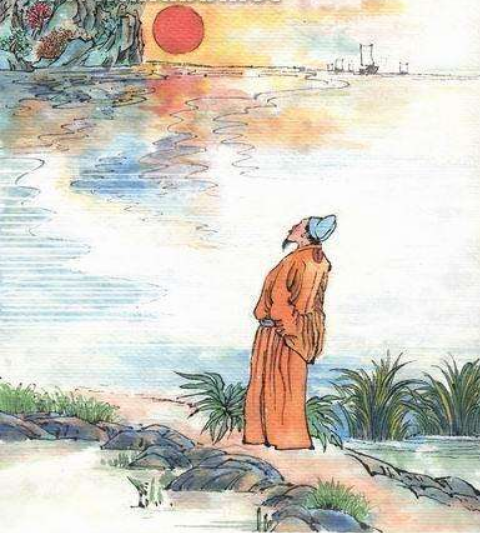
日暮征帆何处泊，天涯一望断人肠。